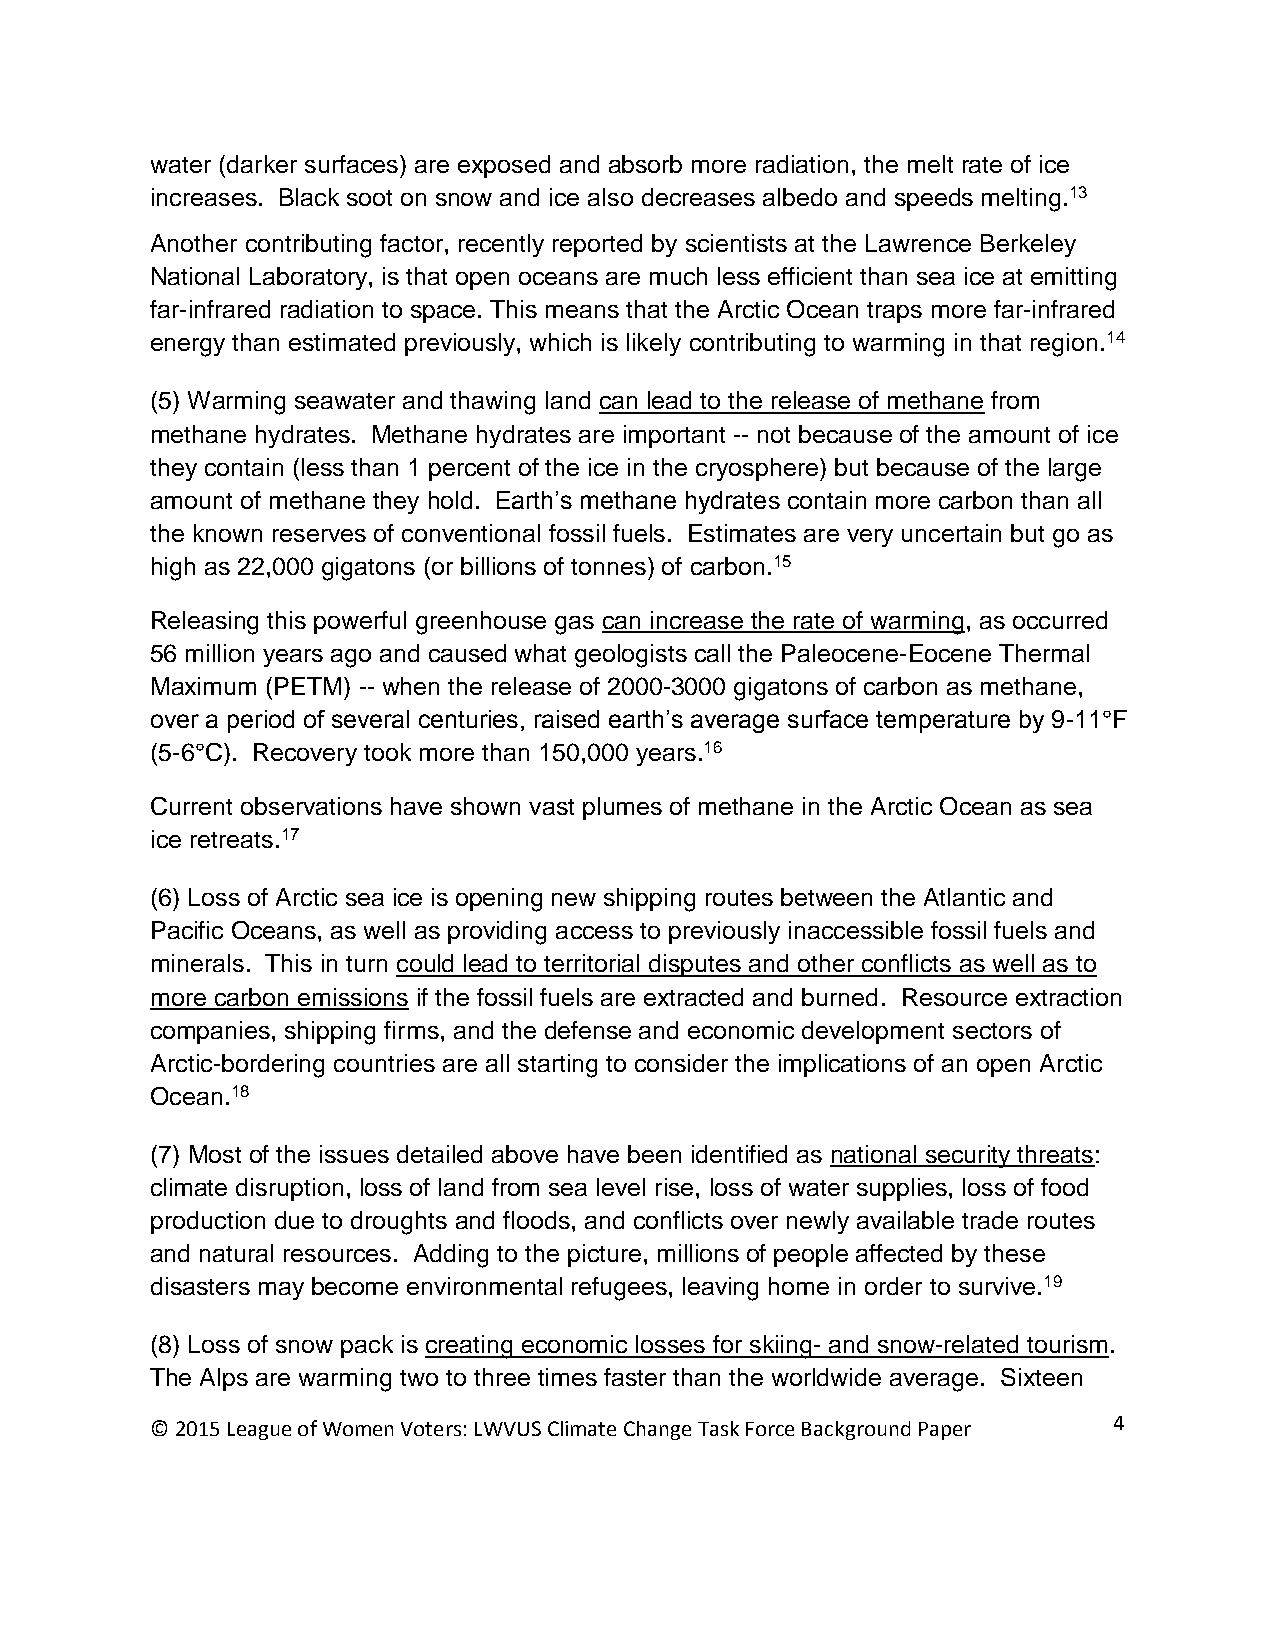
water (darker surfaces) are exposed and absorb more radiation, the melt rate of ice
 increases. Black soot on snow and ice also decreases albedo and speeds melting.13
 Another contributing factor, recently reported by scientists at the Lawrence Berkeley
 National Laboratory, is that open oceans are much less efficient than sea ice at emitting
 far-infrared radiation to space. This means that the Arctic Ocean traps more far-infrared
 energy than estimated previously, which is likely contributing to warming in that region.14
 (5) Warming seawater and thawing land can lead to the release of methane from
 methane hydrates. Methane hydrates are important -- not because of the amount of ice
 they contain (less than 1 percent of the ice in the cryosphere) but because of the large
 amount of methane they hold. Earth’s methane hydrates contain more carbon than all
 the known reserves of conventional fossil fuels. Estimates are very uncertain but go as
 high as 22,000 gigatons (or billions of tonnes) of carbon.15
 Releasing this powerful greenhouse gas can increase the rate of warming, as occurred
 56 million years ago and caused what geologists call the Paleocene-Eocene Thermal
 Maximum (PETM) -- when the release of 2000-3000 gigatons of carbon as methane,
 over a period of several centuries, raised earth’s average surface temperature by 9-11°F
 (5-6°C). Recovery took more than 150,000 years.16
 Current observations have shown vast plumes of methane in the Arctic Ocean as sea
 ice retreats.17
 (6) Loss of Arctic sea ice is opening new shipping routes between the Atlantic and
 Pacific Oceans, as well as providing access to previously inaccessible fossil fuels and
 minerals. This in turn could lead to territorial disputes and other conflicts as well as to
 more carbon emissions if the fossil fuels are extracted and burned. Resource extraction
 companies, shipping firms, and the defense and economic development sectors of
 Arctic-bordering countries are all starting to consider the implications of an open Arctic
 Ocean.18
 (7) Most of the issues detailed above have been identified as national security threats:
 climate disruption, loss of land from sea level rise, loss of water supplies, loss of food
 production due to droughts and floods, and conflicts over newly available trade routes
 and natural resources. Adding to the picture, millions of people affected by these
 disasters may become environmental refugees, leaving home in order to survive.19
 (8) Loss of snow pack is creating economic losses for skiing- and snow-related tourism.
 The Alps are warming two to three times faster than the worldwide average. Sixteen
 © 2015 League of Women Voters: LWVUS Climate Change Task Force Background Paper 4